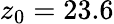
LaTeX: z_{0}=23.6